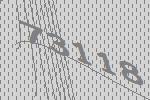
73118